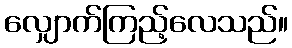
လျှောက်ကြည့်လေသည်။